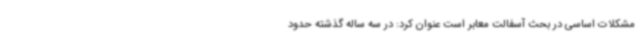
مشکلات اساسی در بحث آسفالت معابر است عنوان کرد: در سه ساله گذشته حدود